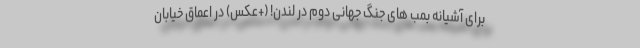
برای آشیانه بمب های جنگ جهانی دوم در لندن! (+عکس) در اعماق خیابان